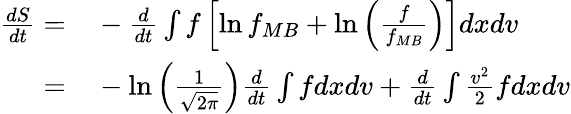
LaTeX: \begin{array}{rl}{\frac{dS}{dt}=}&{{}-\frac{d}{dt}\int f\left[\ln f_{MB}+\ln\left(\frac{f}{f_{MB}}\right)\right]dxdv}\\ {=}&{{}-\ln\left(\frac{1}{\sqrt{2\pi}}\right)\frac{d}{dt}\int fdxdv+\frac{d}{dt}\int\frac{v^{2}}{2}fdxdv}\end{array}